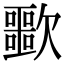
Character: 𣤲